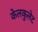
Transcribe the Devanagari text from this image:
केलकुलेट